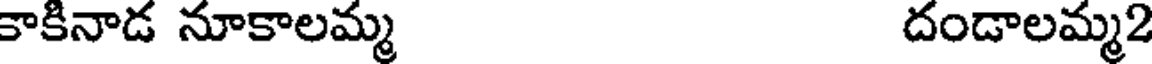
కాకినాడ నూకాలమ్మ దండాలమ్మ2